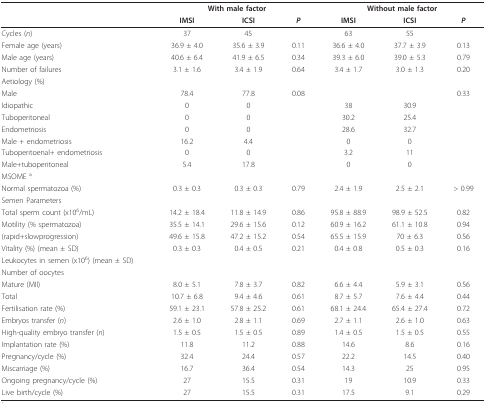
<table><thead><tr><td></td><td colspan="3"><b>With male factor</b></td><td colspan="3"><b>Without male factor</b></td></tr><tr><td></td><td><b>IMSI</b></td><td><b>ICSI</b></td><td><b><i>P</i></b></td><td><b>IMSI</b></td><td><b>ICSI</b></td><td><b><i>P</i></b></td></tr></thead><tbody><tr><td>Cycles (<i>n</i>)</td><td>37</td><td>45</td><td></td><td>63</td><td>55</td><td></td></tr><tr><td>Female age (years)</td><td>36.9 ± 4.0</td><td>35.6 ± 3.9</td><td>0.11</td><td>36.6 ± 4.0</td><td>37.7 ± 3.9</td><td>0.13</td></tr><tr><td>Male age (years)</td><td>40.6 ± 6.4</td><td>41.9 ± 6.5</td><td>0.34</td><td>39.3 ± 6.0</td><td>39.0 ± 5.3</td><td>0.79</td></tr><tr><td>Number of failures</td><td>3.1 ± 1.6</td><td>3.4 ± 1.9</td><td>0.64</td><td>3.4 ± 1.7</td><td>3.0 ± 1.3</td><td>0.20</td></tr><tr><td>Aetiology (%)</td><td></td><td></td><td></td><td></td><td></td><td></td></tr><tr><td>Male</td><td>78.4</td><td>77.8</td><td>0.08</td><td></td><td></td><td>0.33</td></tr><tr><td>Idiopathic</td><td>0</td><td>0</td><td></td><td>38</td><td>30.9</td><td></td></tr><tr><td>Tuboperitoneal</td><td>0</td><td>0</td><td></td><td>30.2</td><td>25.4</td><td></td></tr><tr><td>Endometriosis</td><td>0</td><td>0</td><td></td><td>28.6</td><td>32.7</td><td></td></tr><tr><td>Male + endometriosis</td><td>16.2</td><td>4.4</td><td></td><td>0</td><td>0</td><td></td></tr><tr><td>Tuboperitoenal+ endometriosis</td><td>0</td><td>0</td><td></td><td>3.2</td><td>11</td><td></td></tr><tr><td>Male+tuboperitoneal</td><td>5.4</td><td>17.8</td><td></td><td>0</td><td>0</td><td></td></tr><tr><td>MSOME <sup>a</sup></td><td></td><td></td><td></td><td></td><td></td><td></td></tr><tr><td>Normal spermatozoa (%)</td><td>0.3 ± 0.3</td><td>0.3 ± 0.3</td><td>0.79</td><td>2.4 ± 1.9</td><td>2.5 ± 2.1</td><td>&gt; 0.99</td></tr><tr><td>Semen Parameters</td><td></td><td></td><td></td><td></td><td></td><td></td></tr><tr><td>Total sperm count (x10<sup>6</sup>/mL)</td><td>14.2 ± 18.4</td><td>11.8 ± 14.9</td><td>0.86</td><td>95.8 ± 88.9</td><td>98.9 ± 52.5</td><td>0.82</td></tr><tr><td>Motility (% spermatozoa)</td><td>35.5 ± 14.1</td><td>29.6 ± 15.6</td><td>0.12</td><td>60.9 ± 16.2</td><td>61.1 ± 10.8</td><td>0.94</td></tr><tr><td>(rapid+slowprogression)</td><td>49.6 ± 15.8</td><td>47.2 ± 15.2</td><td>0.54</td><td>65.5 ± 15.9</td><td>70 ± 6.3</td><td>0.56</td></tr><tr><td>Vitality (%) (mean ± SD)</td><td>0.3 ± 0.3</td><td>0.4 ± 0.5</td><td>0.21</td><td>0.4 ± 0.8</td><td>0.5 ± 0.3</td><td>0.16</td></tr><tr><td>Leukocytes in semen (x10<sup>6</sup>) (mean ± SD)</td><td></td><td></td><td></td><td></td><td></td><td></td></tr><tr><td>Number of oocytes</td><td></td><td></td><td></td><td></td><td></td><td></td></tr><tr><td>Mature (MII)</td><td>8.0 ± 5.1</td><td>7.8 ± 3.7</td><td>0.82</td><td>6.6 ± 4.4</td><td>5.9 ± 3.1</td><td>0.56</td></tr><tr><td>Total</td><td>10.7 ± 6.8</td><td>9.4 ± 4.6</td><td>0.61</td><td>8.7 ± 5.7</td><td>7.6 ± 4.4</td><td>0.44</td></tr><tr><td>Fertilisation rate (%)</td><td>59.1 ± 23.1</td><td>57.8 ± 25.2</td><td>0.61</td><td>68.1 ± 24.4</td><td>65.4 ± 27.4</td><td>0.72</td></tr><tr><td>Embryos transfer (<i>n</i>)</td><td>2.6 ± 1.0</td><td>2.8 ± 1.1</td><td>0.69</td><td>2.7 ± 1.1</td><td>2.6 ± 1.0</td><td>0.63</td></tr><tr><td>High-quality embryo transfer (<i>n</i>)</td><td>1.5 ± 0.5</td><td>1.5 ± 0.5</td><td>0.89</td><td>1.4 ± 0.5</td><td>1.5 ± 0.5</td><td>0.55</td></tr><tr><td>Implantation rate (%)</td><td>11.8</td><td>11.2</td><td>0.88</td><td>14.6</td><td>8.6</td><td>0.16</td></tr><tr><td>Pregnancy/cycle (%)</td><td>32.4</td><td>24.4</td><td>0.57</td><td>22.2</td><td>14.5</td><td>0.40</td></tr><tr><td>Miscarriage (%)</td><td>16.7</td><td>36.4</td><td>0.54</td><td>14.3</td><td>25</td><td>0.95</td></tr><tr><td>Ongoing pregnancy/cycle (%)</td><td>27</td><td>15.5</td><td>0.31</td><td>19</td><td>10.9</td><td>0.33</td></tr><tr><td>Live birth/cycle (%)</td><td>27</td><td>15.5</td><td>0.31</td><td>17.5</td><td>9.1</td><td>0.29</td></tr></tbody></table>